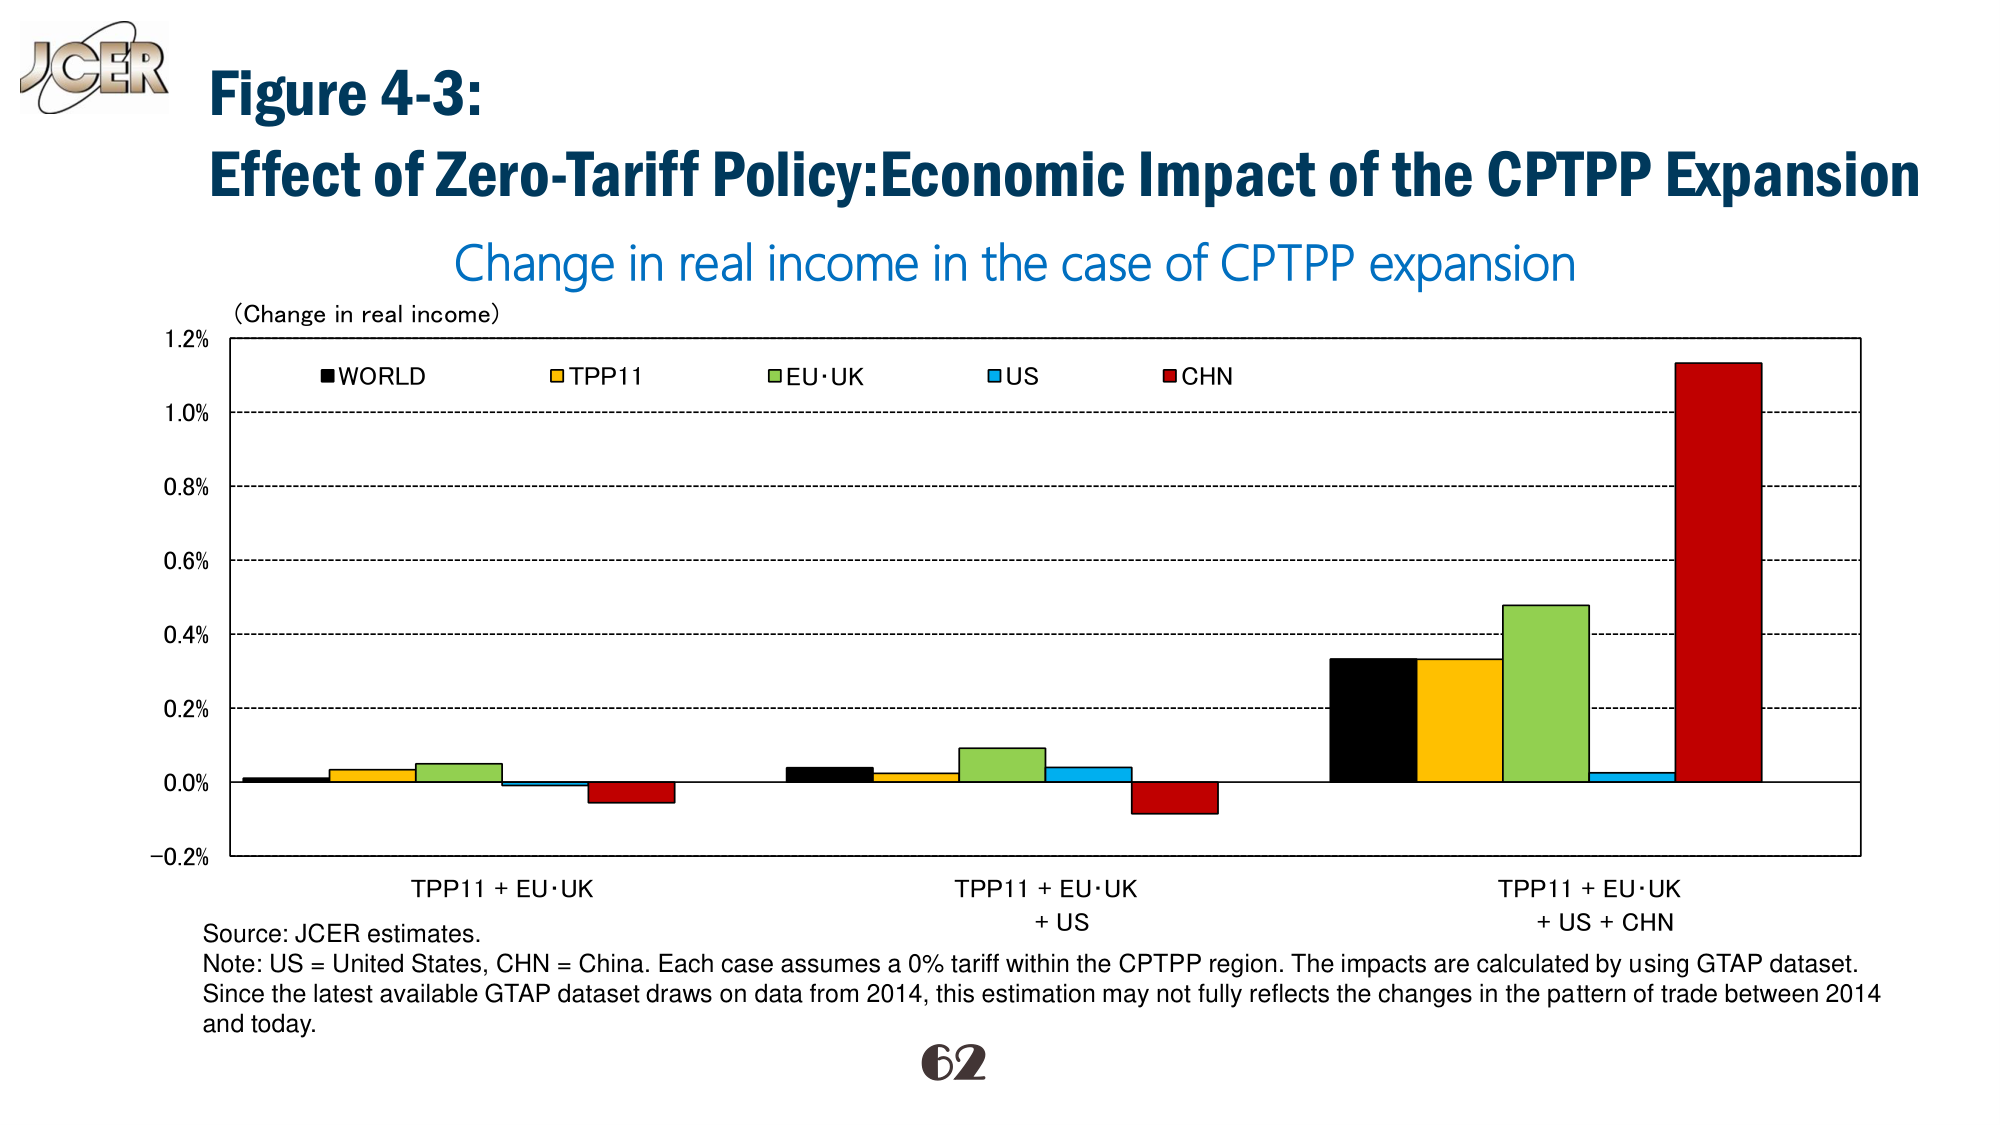
JGER
Figure 4-3:
Effect of Zero-Tariff Policy:Economic Impact of the CPTPP Expansion
Change in real income in the case of CPTPP expansion
(Change in real income)
1.2%
1.0%
0.8%
0.6%
0.4%
0.2%
0.0%
-0.2%
■WORLD
■TPP11
■EU·UK
■US
■CHN
TPP11 + EU·UK
TPP11 + EU·UK
+ US
TPP11 + EU·UK
+ US + CHN
Source: JCER estimates.
Note: US = United States, CHN = China. Each case assumes a 0% tariff within the CPTPP region. The impacts are calculated by using GTAP dataset. Since the latest available GTAP dataset draws on data from 2014, this estimation may not fully reflects the changes in the pattern of trade between 2014 and today.
62